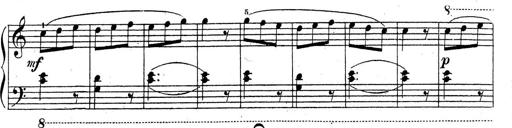
Title: 10 Sonatinas
Composer: Fritz Spindler